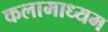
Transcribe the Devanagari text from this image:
कलामाध्यम